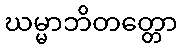
ဃမ္မာဘိတတ္တော